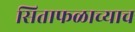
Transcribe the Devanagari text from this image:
सिताफळाच्याच